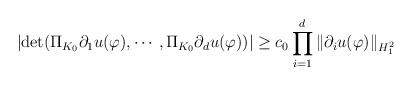
\begin{align*}\left | \det (\Pi_{K_0}\partial_1 u (\varphi),\cdots,\Pi_{K_0}\partial_d u (\varphi)) \right |\geq c_0\prod_{i=1}^d\Vert \partial_i u(\varphi)\Vert_{H_1^2}\end{align*}